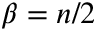
\beta = n / 2